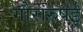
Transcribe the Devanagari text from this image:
गौरारुपई